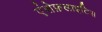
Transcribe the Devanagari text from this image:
एंसेफ़लाइटिस